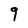
Character: g